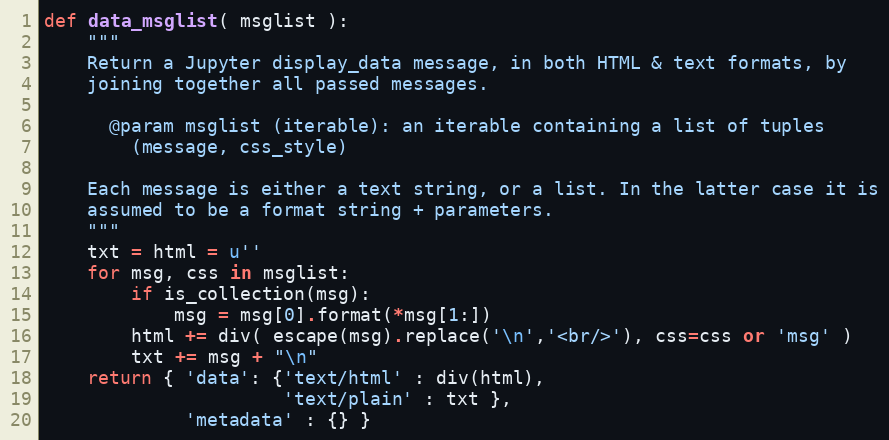
Language: Python
def data_msglist( msglist ):
    """
    Return a Jupyter display_data message, in both HTML & text formats, by
    joining together all passed messages.

      @param msglist (iterable): an iterable containing a list of tuples
        (message, css_style)

    Each message is either a text string, or a list. In the latter case it is
    assumed to be a format string + parameters.
    """
    txt = html = u''
    for msg, css in msglist:
        if is_collection(msg):
            msg = msg[0].format(*msg[1:])
        html += div( escape(msg).replace('\n','<br/>'), css=css or 'msg' )
        txt += msg + "\n"
    return { 'data': {'text/html' : div(html),
                      'text/plain' : txt },
             'metadata' : {} }